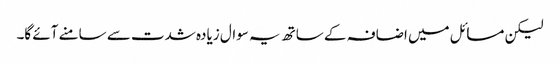
لیکن مسائل میں اضافہ کے ساتھ یہ سوال زیادہ شدت سے سامنے آئے گا۔